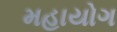
મહાયોગ